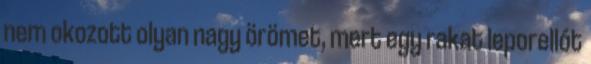
nem okozott olyan nagy örömet, mert egy rakat leporellót